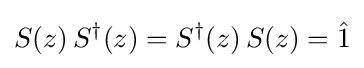
S(z)\,S^{\dagger }(z)=S^{\dagger }(z)\,S(z)={\hat {1}}